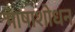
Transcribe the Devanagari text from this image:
भाषाशोधन